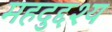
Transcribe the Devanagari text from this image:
महदुद्दश्य